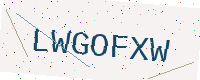
Text: LWGOFXW